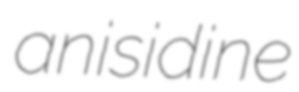
anisidine